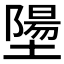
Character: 𪤝